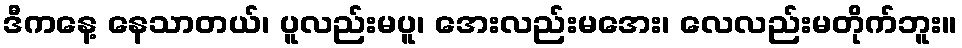
ဒီကနေ့ နေသာတယ်၊ ပူလည်းမပူ၊ အေးလည်းမအေး၊ လေလည်းမတိုက်ဘူး။